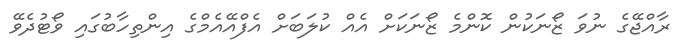
ރާއްޖޭގެ ނުވަ ޒޯނަކުން ކޮންމެ ޒޯނަކަށް އެއް ކުލަބަށް އެފްއޭއެމްގެ އިންތިހާބުގައި ވޯޓުދެވޭ